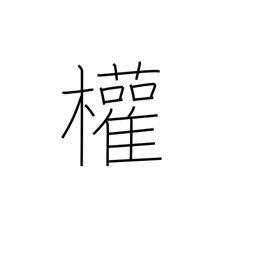
Meaning: rights